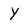
Character: y